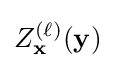
Z_{\mathbf {x} }^{(\ell )}(\mathbf {y} )